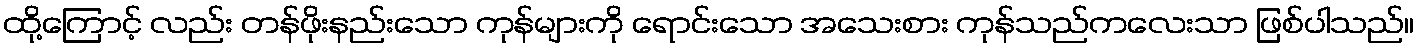
ထို့ကြောင့် လည်း တန်ဖိုးနည်းသော ကုန်များကို ရောင်းသော အသေးစား ကုန်သည်ကလေးသာ ဖြစ်ပါသည်။